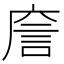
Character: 𢉲